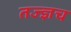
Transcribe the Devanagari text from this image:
तज्ज्ञच